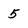
Character: 5